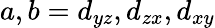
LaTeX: a,b=d_{yz},d_{zx},d_{xy}